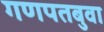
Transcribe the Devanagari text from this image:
गणपतबुवा